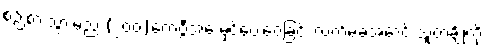
စဉ်းစားသွားမည် (၂၀၀)ကေဗွီအေ မှင်ပေးဝေခြင်း လက်မခံအောင် သူတချို့ကို